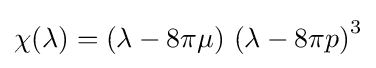
\chi (\lambda )=\left(\lambda -8\pi \mu \right)\,\left(\lambda -8\pi p\right)^{3}